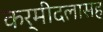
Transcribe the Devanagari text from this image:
कर्मीदलासह